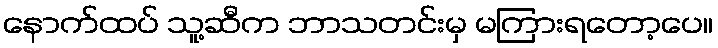
နောက်ထပ် သူ့ဆီက ဘာသတင်းမှ မကြားရတော့ပေ။